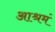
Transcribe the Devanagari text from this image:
आश्रमं